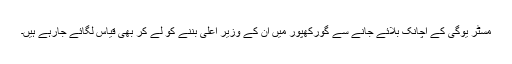
مسٹر یوگی کے اچانک بلائے جانے سے گورکھپور میں ان کے وزیر اعلی بننے کو لے کر بھی قیاس لگائے جارہے ہیں۔